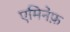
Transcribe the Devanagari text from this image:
एमिनेफ़